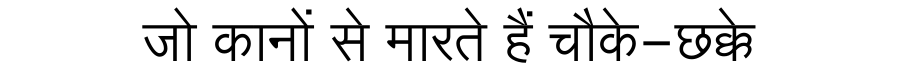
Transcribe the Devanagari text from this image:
जो कानों से मारते हैं चौके-छक्के